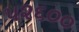
૫૨૬૦૦